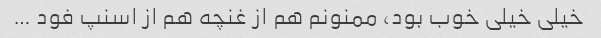
خیلی خیلی خوب بود، ممنونم هم از غنچه هم از اسنپ فود …